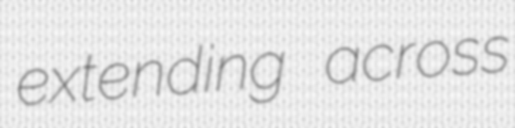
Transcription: extending across